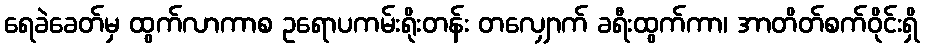
ရေခဲခေတ်မှ ထွက်လာကာစ ဥရောပကမ်းရိုးတန်း တလျှောက် ခရီးထွက်ကာ၊ အာတိတ်စက်ဝိုင်းရှိ